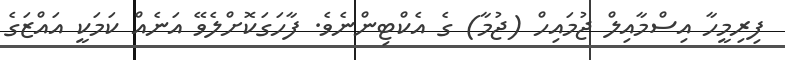
ފިރިމީހާ އިސްމާއިލް ޖުމައިހް (ޖުމާ) ގެ އެކްޓިންނެވެ. ފާހަގަކޮށްލެވޭ އަނެއް ކަމަކީ އައްޒަގެ